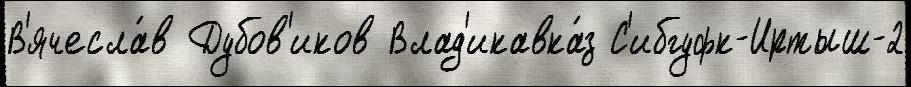
В'ячесла́в Дубов'иков Влад'икавка́з С'ибгуфк-Иртыш-2